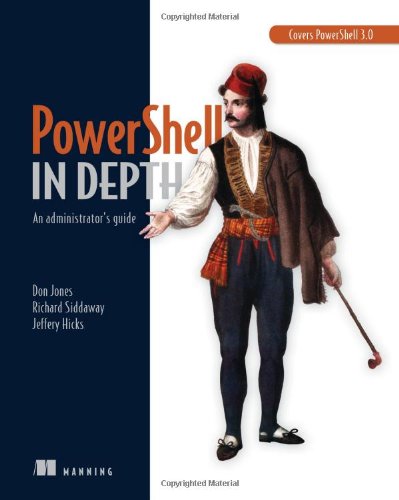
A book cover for PowerShell in Depth: An administrator's guide; Don Jones; Computers & Technology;